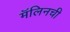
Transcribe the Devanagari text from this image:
मॅलिनची